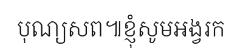
បុណ្យសព៕ខ្ញុំសូមអង្វរក